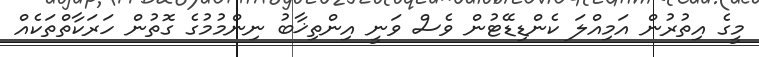
މީގެ އިތުރުން އަމިއްލަ ކެންޑިޑޭޓުން ވެސް ވަނީ އިންތިޚާބު ނިންމުމުގެ ގޮތުން ހަރަކާތްތަކެއް